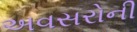
અવસરોની